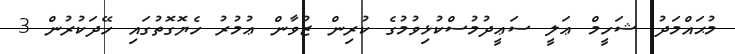
މުޙައްމަދު ޝަހީމް ޢަލީ ސަޢީދުމުސްކުޅިވުމުގެ ކުރިން ޒުވާން ޢުމުރު ހެޔޮގޮތުގައި ހޭދަކުރުން 3